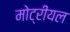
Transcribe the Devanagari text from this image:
मोट्रीयल